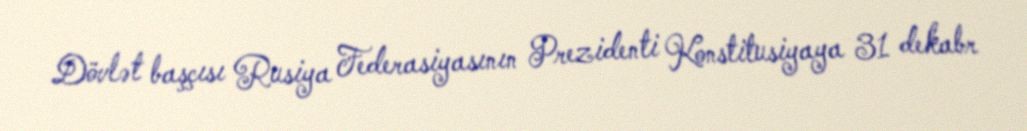
Dövlət başçısı Rusiya Federasiyasının Prezidenti Konstitusiyaya 31 dekabr